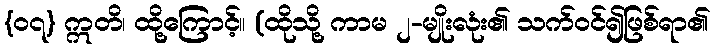
{၀၇} ဣတိ၊ ထို့ကြောင့်။ (ထိုသို့ ကာမ ၂-မျိုးလုံး၏ သက်ဝင်၍ဖြစ်ရာ၏